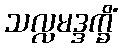
သလ္လမဒ္ဒက္ခိံ